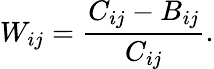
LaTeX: W_{ij}=\frac{C_{ij}-B_{ij}}{C_{ij}}.